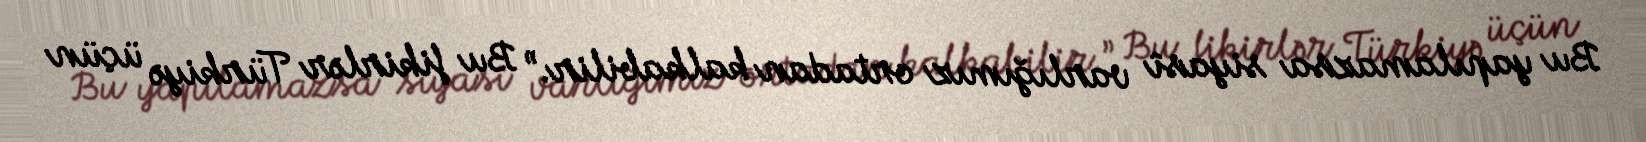
Bu yapılamazsa siyasî varlığımız ortadan kalkabilir.” Bu fikirlər Türkiyə üçün